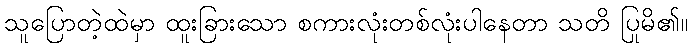
သူပြောတဲ့ထဲမှာ ထူးခြားသော စကားလုံးတစ်လုံးပါနေတာ သတိ ပြုမိ၏။